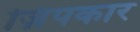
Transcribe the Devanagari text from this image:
ज़िपकार